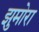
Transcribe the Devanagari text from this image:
झुमोरा